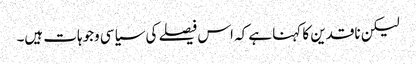
لیکن ناقدین کا کہنا ہے کہ اس فیصلے کی سیاسی وجوہات ہیں۔